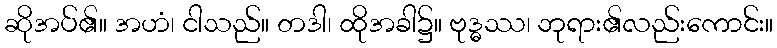
ဆိုအပ်၏။ အဟံ၊ ငါသည်။ တဒါ၊ ထိုအခါ၌။ ဗုဒ္ဓဿ၊ ဘုရား၏လည်းကောင်း။